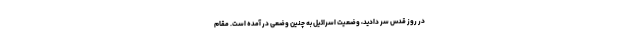
در روز قدس سر دادید، وضعیت اسرائیل به چنین وضعی در آمده است. مقام